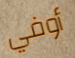
أوفي